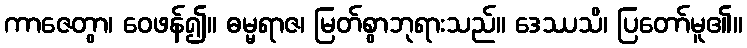
ကာဇေတွာ၊ ဝေဖန်၍။ ဓမ္မရာဇ၊ မြတ်စွာဘုရားသည်။ ဒေဿသိ၊ ပြတော်မူ၏။